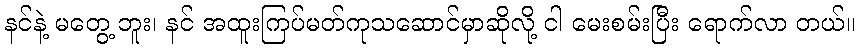
နင်နဲ့ မတွေ့ ဘူး၊ နင် အထူးကြပ်မတ်ကုသဆောင်မှာဆိုလို့ ငါ မေးစမ်းပြီး ရောက်လာ တယ်။